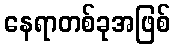
နေရာတစ်ခုအဖြစ်